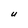
Character: U